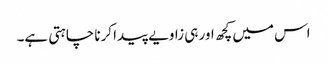
اس میں کچھ اور ہی زاویے پیدا کرنا چاہتی ہے۔